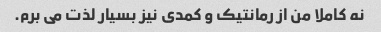
نه کاملا من از رمانتیک و کمدی نیز بسیار لذت می برم.